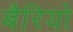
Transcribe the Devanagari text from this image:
बैरियो